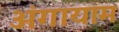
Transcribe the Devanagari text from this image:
अंगायाम